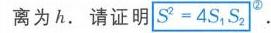
离为\(h\). 请证明 \(S^{2}=4S_{1}S_{2}\).